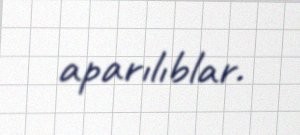
aparılıblar.